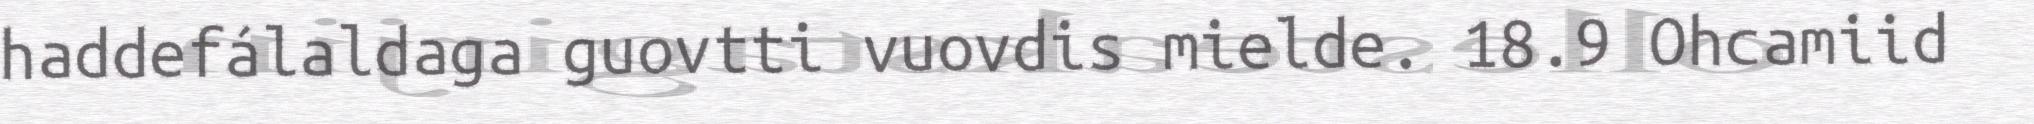
haddefálaldaga guovtti vuovdis mielde. 18.9 Ohcamiid